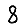
Digit: 8